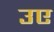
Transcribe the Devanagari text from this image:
उए